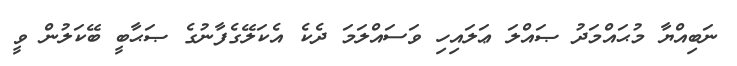
ނަބިއްޔާ މުޙައްމަދު ޞައްލަ ޢަލައިހި ވަސައްލަމަ ދެކެ އެކަލޭގެފާނުގެ ޞަޙާބީ ބޭކަލުން ވީ